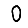
Digit: 0